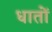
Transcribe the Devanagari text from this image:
धातों